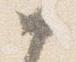
如